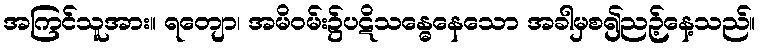
အကြင်သူအား။ ရတျော၊ အမိဝမ်း၌ပဋိသန္ဓေနေသော အခါမှစ၍ညဉ့်နေ့သည်။